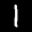
Label: 1